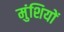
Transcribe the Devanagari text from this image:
मुंशियों